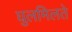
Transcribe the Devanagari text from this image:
घुलमिलते